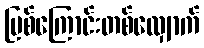
မြစ်ကြောင်းတစ်လျှောက်